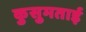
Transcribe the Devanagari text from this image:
कुसुमताई